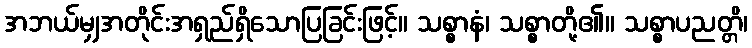
အဘယ်မျှအတိုင်းအရှည်ရှိသောပြခြင်းဖြင့်။ သစ္စာနံ၊ သစ္စာတို့၏။ သစ္စာပညတ္တိ၊